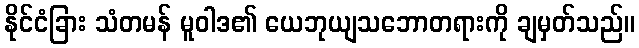
နိုင်ငံခြား သံတမန် မူဝါဒ၏ ယေဘုယျသဘောတရားကို ချမှတ်သည်။